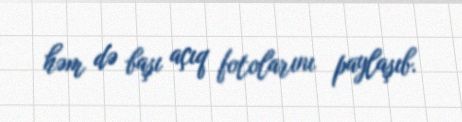
həm də başı açıq fotolarını paylaşıb.